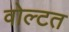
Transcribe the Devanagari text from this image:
वोल्टत